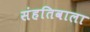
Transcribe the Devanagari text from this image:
संहतिवाला